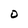
Character: O